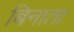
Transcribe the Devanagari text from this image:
बिनाता